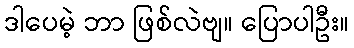
ဒါပေမဲ့ ဘာ ဖြစ်လဲဗျ။ ပြောပါဦး။